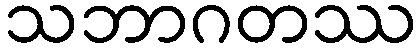
သဘာဂတဿ